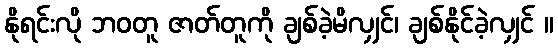
နိုရင်းလို ဘဝတူ ဇာတ်တူကို ချစ်ခဲ့မိလျှင်၊ ချစ်နိုင်ခဲ့လျှင် ။